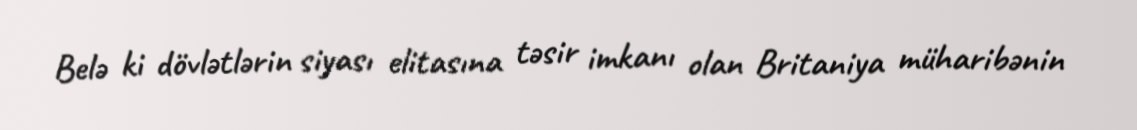
Belə ki dövlətlərin siyası elitasına təsir imkanı olan Britaniya müharibənin